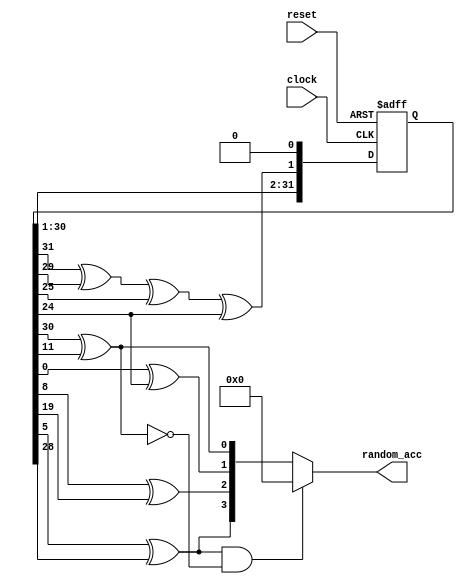
module lsfr(clock, reset, random_acc);

    //it works for now ig, but we may want to split it into 4 separate value generators
    input clock, reset;
    output [3:0] random_acc;
    
    wire limiter;
    
    reg [31:0] lfsr_reg;  // Register to hold the LFSR state
    
    // Initialize the LFSR register value upon startup
    initial begin
        lfsr_reg = 32'b10001110101011110110100101101100;  // Set initial value to a specific value
    end

    // Clock the LFSR
    always @(posedge clock or posedge reset) begin
        if (reset) begin
            lfsr_reg <= 32'b10001110101011110110100101101100;  // Reset the LFSR to initial state (any non-zero value)
        end else begin
            // lfsr_reg[31] = lfsr_reg[30] ^ lfsr_reg[11]; // Feedback from taps 32 and 22
            // lfsr_reg[24] = lfsr_reg[0] ^ lfsr_reg[24];  // Feedback from taps 1 and 23
            // lfsr_reg[14] = lfsr_reg[8] ^ lfsr_reg[19];  // Feedback from taps 2 and 24
            // lfsr_reg[3] = lfsr_reg[5] ^ lfsr_reg[28];  // Feedback from taps 5 and 17
            lfsr_reg[0] = lfsr_reg[31] ^ lfsr_reg[29] ^ lfsr_reg[25] ^ lfsr_reg[24];
            lfsr_reg = lfsr_reg << 1;
            // lfsr_reg = {lfsr_reg[30:0], lfsr_reg[31]};  // Shift left
        end
    end

    wire [3:0] rand;
    // Instantiate XOR gates for feedback
    assign rand[0] = lfsr_reg[30] ^ lfsr_reg[11]; // Feedback from taps 32 and 22
    assign rand[1] = lfsr_reg[0] ^ lfsr_reg[24];  // Feedback from taps 1 and 23
    assign rand[2] = lfsr_reg[8] ^ lfsr_reg[19];  // Feedback from taps 2 and 24
    assign rand[3] = lfsr_reg[5] ^ lfsr_reg[28];  // Feedback from taps 5 and 17
    // assign rand[0] = lfsr_reg[0]; // Feedback from taps 32 and 22
    // assign rand[1] = lfsr_reg[1]; // Feedback from taps 1 and 23
    // assign rand[2] = lfsr_reg[2]; // Feedback from taps 2 and 24
    // assign rand[3] = lfsr_reg[3];  // Feedback from taps 5 and 17

    assign limiter = &rand[3] & ~rand[2:0];
    assign random_acc = limiter ?  4'd0 : rand; //want to keep + and - sides even, but 2's complement isn't even, so -8 becomes 0
    // 4'b1001

    endmodule